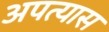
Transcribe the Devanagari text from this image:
अपत्यास